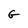
Character: G